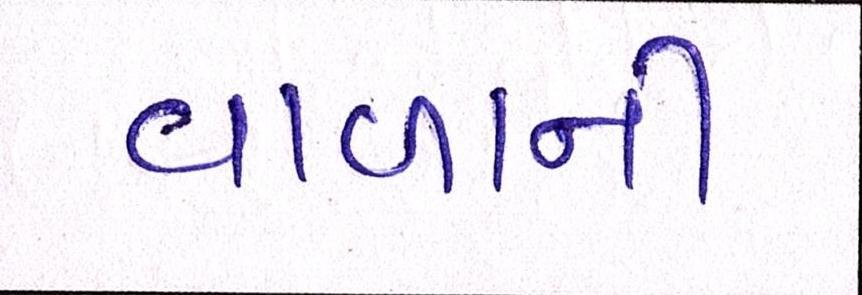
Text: વાળાની